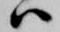
ハ